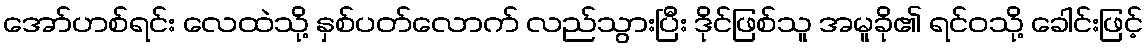
အော်ဟစ်ရင်း လေထဲသို့ နှစ်ပတ်လောက် လည်သွားပြီး ဒိုင်ဖြစ်သူ အမူခို၏ ရင်ဝသို့ ခေါင်းဖြင့်